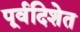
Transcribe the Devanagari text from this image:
पूर्वदिशेत